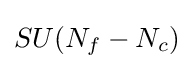
SU(N_{f}-N_{c})